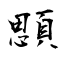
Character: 顋